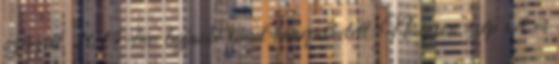
szerzett, 2015-ben bajnoki címet ünnepelhetett. Nagyon szép két és